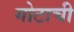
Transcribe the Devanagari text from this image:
गोटाची